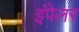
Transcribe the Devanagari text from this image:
इंपेलर